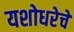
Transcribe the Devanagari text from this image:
यशोधरेचे